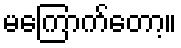
မကြောက်တော့။